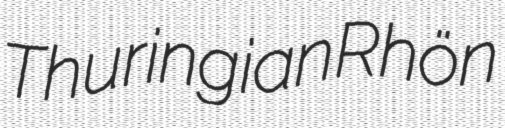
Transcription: Thuringian Rhön